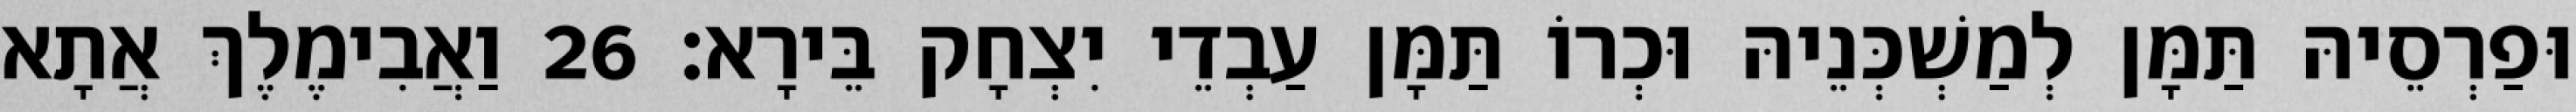
וּפַרְסֵיהּ תַּמָּן לְמַשְׁכְּנֵיהּ וּכְרוֹ תַּמָּן עַבְדֵי יִצְחָק בֵּירָא׃ 26 וַאֲבִימֶלֶךְ אֲתָא